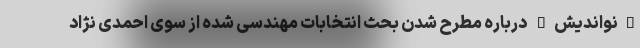
"نواندیش" درباره مطرح شدن بحث انتخابات مهندسی شده از سوی احمدی نژاد